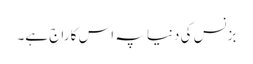
بزنس کی دنیا پہ اس کا راج ہے۔